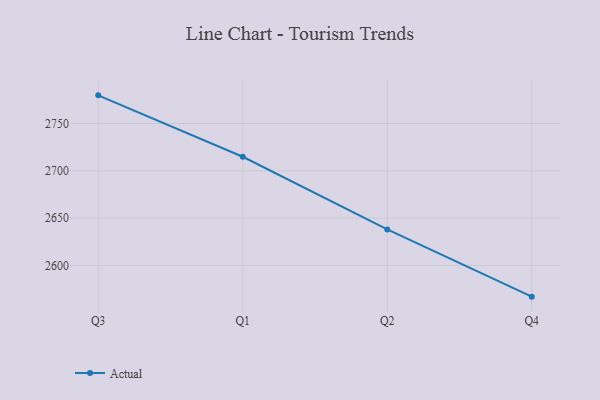
{"axis": {"x": "Quarter", "y": "Satisfaction Score"}, "legend": ["Actual"], "data": [{"x": "Q3", "y": 2779.8, "type": "Actual"}, {"x": "Q1", "y": 2714.9, "type": "Actual"}, {"x": "Q2", "y": 2638.1, "type": "Actual"}, {"x": "Q4", "y": 2567.0, "type": "Actual"}]}